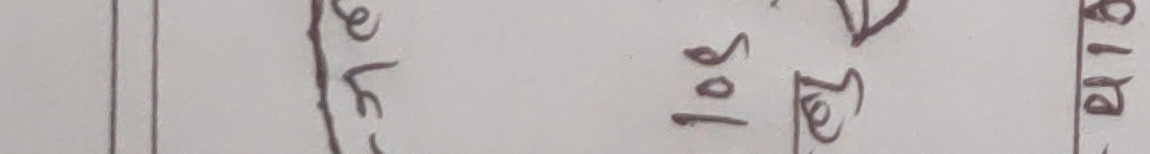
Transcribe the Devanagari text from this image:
ऐलेस | सोल | २५१४